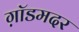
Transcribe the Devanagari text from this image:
ग़ॉडमदर